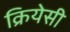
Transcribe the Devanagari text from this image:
क्रियेसी